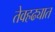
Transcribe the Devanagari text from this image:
तेवहढ्यात